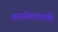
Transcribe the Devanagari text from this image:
कार्यकत्र्यांचे